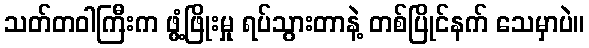
သတ်တဝါကြီးက ဖွံ့ဖြိုးမှု ရပ်သွားတာနဲ့ တစ်ပြိုင်နက် သေမှာပဲ။